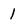
Character: 1